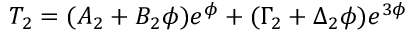
T _ { 2 } = ( A _ { 2 } + B _ { 2 } \phi ) e ^ { \phi } + ( \Gamma _ { 2 } + \Delta _ { 2 } \phi ) e ^ { 3 \phi }